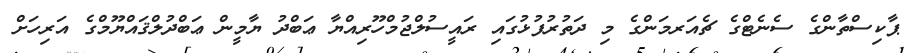
ޕާކިސްތާންގެ ސެނެޓްގެ ޗެއަރމަންގެ މި ދަތުރުފުޅުގައި ރައީސުލްޖުމްހޫރިއްޔާ ޢަބްދު ޔާމީން ޢަބްދުލްޤައްޔޫމްގެ އަރިހަށް